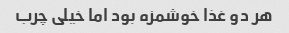
هر دو غذا خوشمزه بود اما خیلی چرب